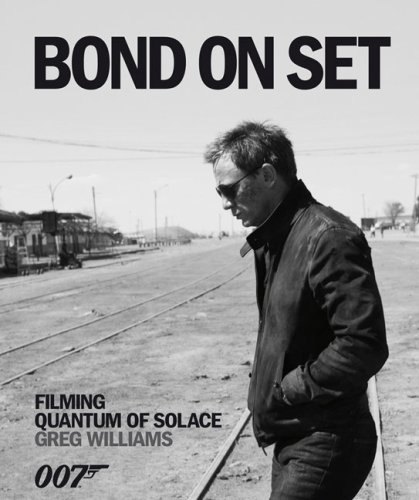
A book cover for Bond on Set: Filming Quantum of Solace; Greg Williams; Humor & Entertainment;